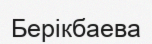
Берікбаева